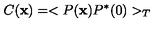
C ( { \bf x } ) = < P ( { \bf x } ) P ^ { * } ( 0 ) > _ { T }